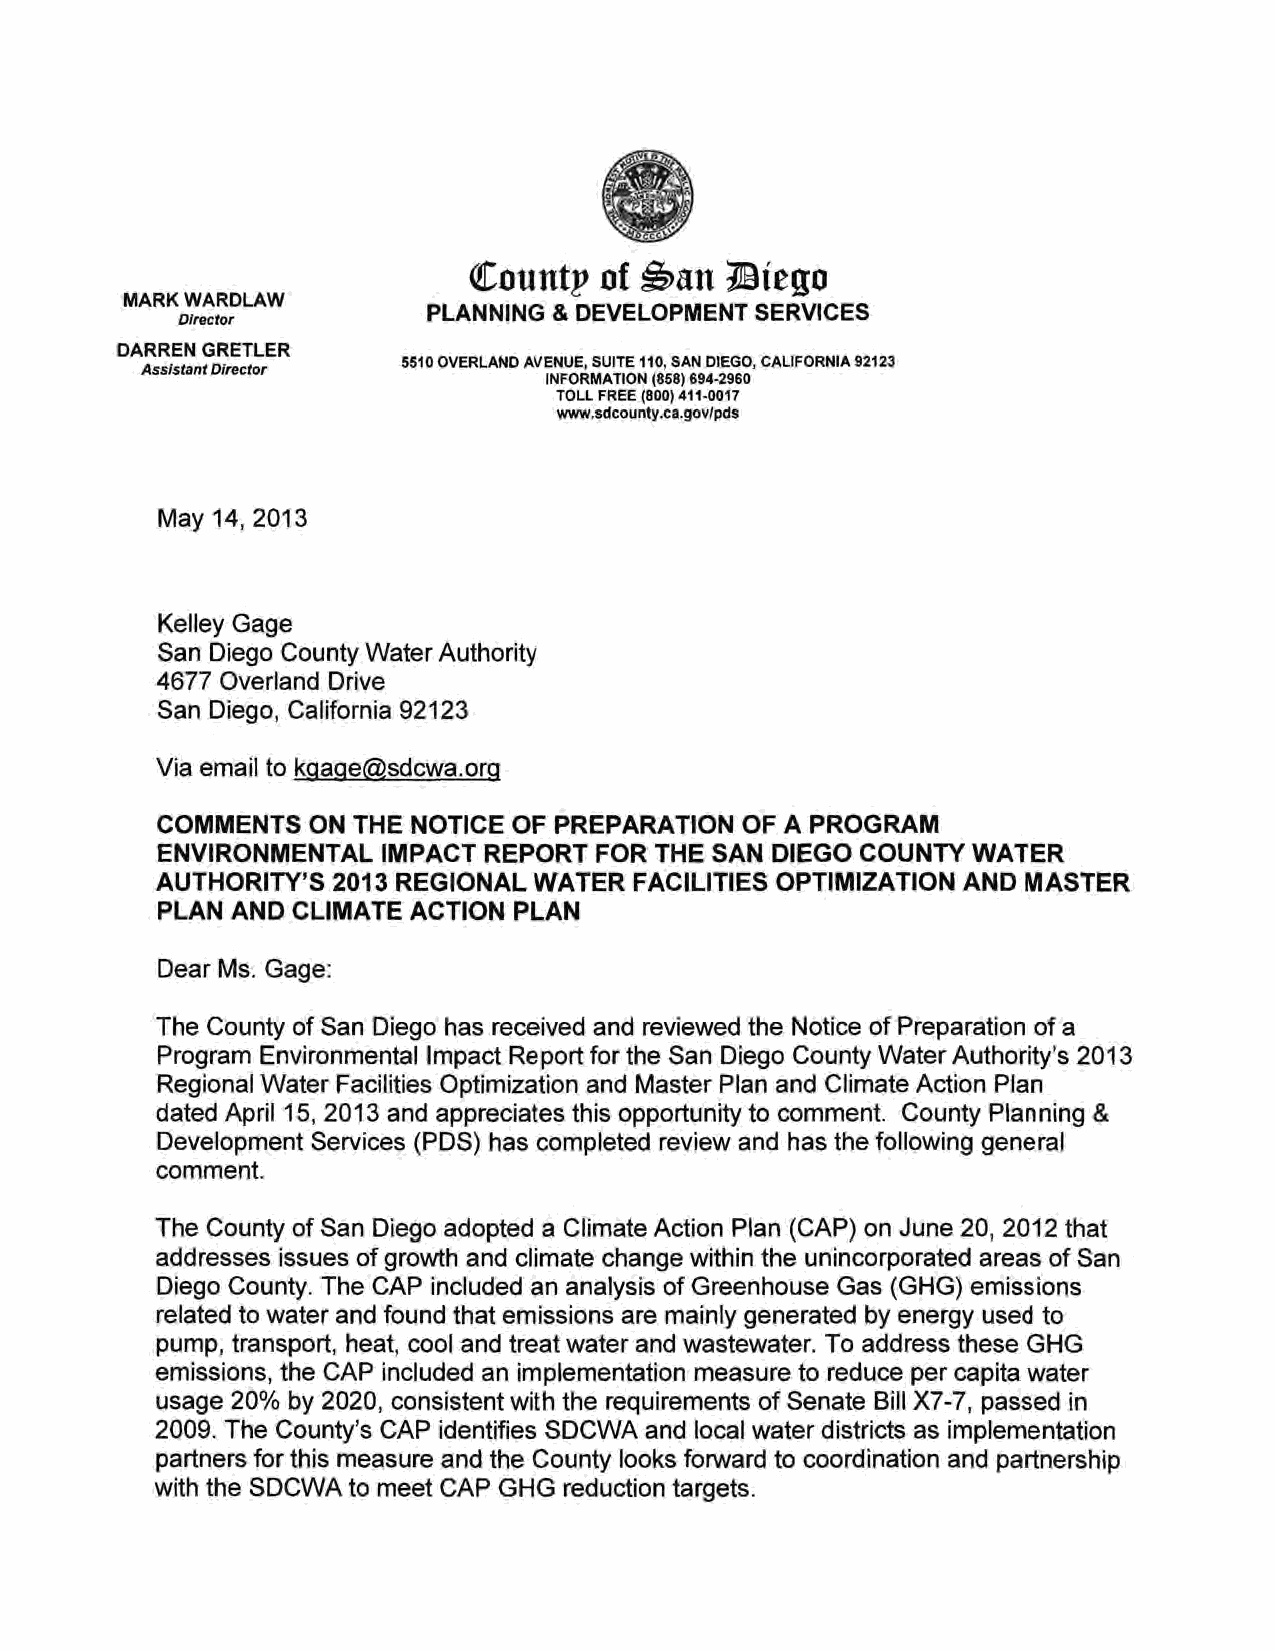
QCountp  of      1Biego
 ~an
 MARK WARDLAW
 PLANNING & DEVELOPMENT SERVICES
 Dlrector
 DARREN GRETLER
 5510 OVERLAND AVENUE, SUITE 110, SAN DIEGO, CALIFORNIA 92123
 Assistant Director
 INFORMATION (858) 694-2960
 TOLL FREE (800) 411-0017
 www.sdcounty.ca.gov/pds
 May 14, 2013
 Kelley Gage
 San Diego County Water Authority
 4677 Overland Drive
 San Diego, California 92123
 Via email to kgage@sdcwa.org
 COMMENTS  ON THE NOTICE OF PREPARATION OF A PROGRAM
 ENVIRONMENTAL IMPACT REPORT  FOR THE SAN DIEGO COUNTY WATER
 AUTHORITY'S 2013 REGIONAL WATER FACILITIES OPTIMIZATION AND MASTER
 PLAN AND CLIMATE ACTION PLAN
 Dear Ms. Gage:
 The County of San Diego has received and reviewed the Notice of Preparation of a
 Program Environmental Impact Report for the San Diego County Water Authority's 2013
 Regional Water Facilities Optimization and Master Plan and Climate Action Plan
 dated April 15, 2013 and appreciates this opportunity to comment. County Planning &
 Development Services (PDS) has completed review and has the following general
 comment.
 The County of San Diego adopted a Climate Action Plan (CAP) on June 20, 2012 that
 addresses issues of growth and climate change within the unincorporated areas of San
 Diego County. The CAP included an analysis of Greenhouse Gas (GHG) emissions
 related to water and found that emissions are mainly generated by energy used to
 pump, transport, heat, cool and treat water and wastewater. To address these GHG
 emissions, the CAP included an implementation measure to reduce per capita water
 usage 20% by 2020, consistent with the requirements of Senate Bill X7-7, passed in
 2009. The County's CAP identifies SDCWA and local water districts as implementation
 partners for this measure and the County looks forward to coordination and partnership
 with the SDCWA to meet CAP GHG reduction targets.